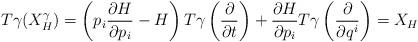
LaTeX: \begin{align*}T\gamma (X_H^{\gamma})=\left(p_i\frac{\partial H}{\partial p_i}-H\right)T\gamma\left(\frac{\partial}{\partial t}\right)+\frac{\partial H}{\partial p_i}T\gamma\left(\frac{\partial}{\partial q^i}\right)=X_H\end{align*}